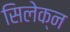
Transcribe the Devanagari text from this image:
सिलेक्न